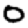
Digit: 0